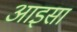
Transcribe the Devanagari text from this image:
आइसा